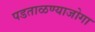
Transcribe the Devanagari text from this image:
पडताळण्याजोगा